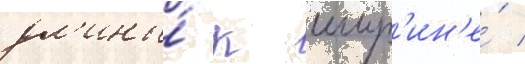
дл'ины́ к шир'ин'е́ /